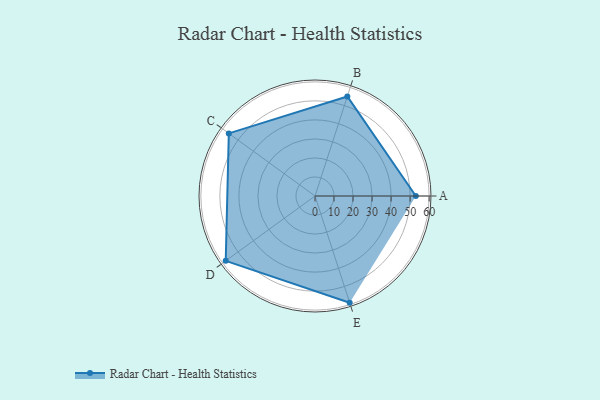
{"axis": {"x": "Skill", "y": "Score"}, "legend": ["Profile"], "data": [{"x": "A", "y": 53.0, "type": "Profile"}, {"x": "B", "y": 55.0, "type": "Profile"}, {"x": "C", "y": 56.0, "type": "Profile"}, {"x": "D", "y": 58.0, "type": "Profile"}, {"x": "E", "y": 59.0, "type": "Profile"}]}